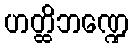
ဟတ္ထိဘဏ္ဍေ